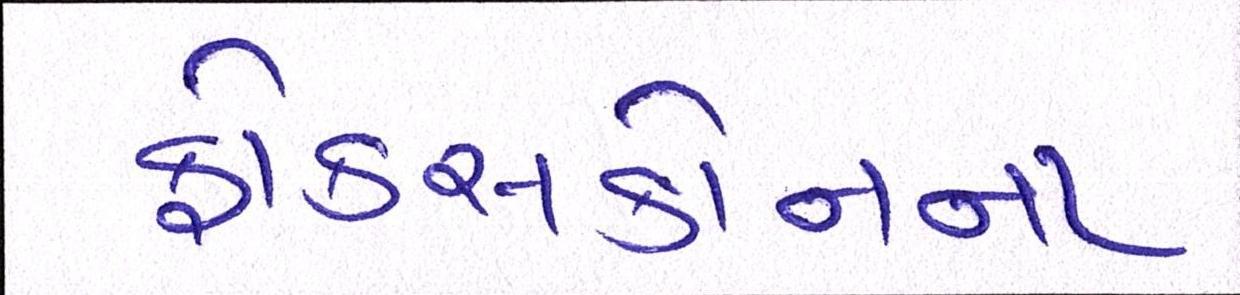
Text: ફોક્સકોનના